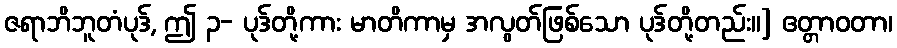
ဇရာဘိဘူတံပုဒ်, ဤ ၃- ပုဒ်တို့ကား မာတိကာမှ အလွတ်ဖြစ်သော ပုဒ်တို့တည်း။] ဧတ္တာဝတာ၊